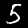
Label: 5